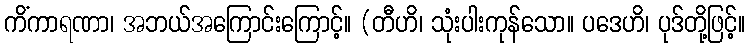
ကိံကာရဏာ၊ အဘယ်အကြောင်းကြောင့်။ (တီဟိ၊ သုံးပါးကုန်သော။ ပဒေဟိ၊ ပုဒ်တို့ဖြင့်။